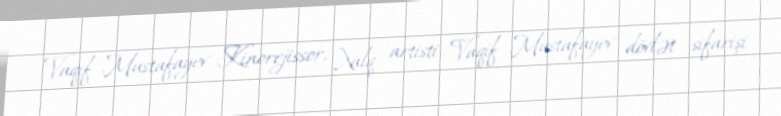
Vaqif Mustafayev Kinorejissor, Xalq artisti Vaqif Mustafayev dövlət sifarişi